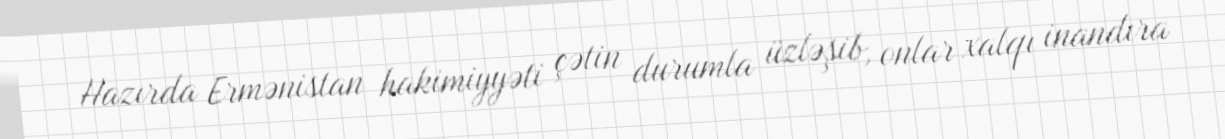
Hazırda Ermənistan hakimiyyəti çətin durumla üzləşib, onlar xalqı inandıra